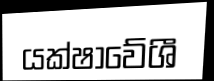
යක්ෂාවේශී